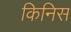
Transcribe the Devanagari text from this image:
किनिस